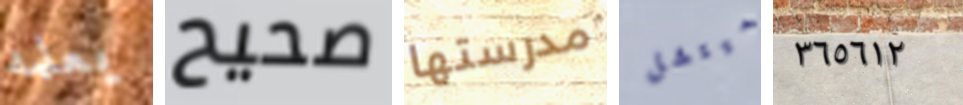
يعلمه صحيح مدرستها ميتشل ٣٦٥٦١٢